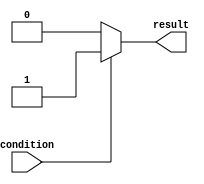
module if_else_statement(
    input wire condition,
    output wire result
);

// If-else statement
always @(*)
begin
    if(condition)
    begin
        // Block of statements to be executed if condition is true
        result = 1'b1;
    end
    else
    begin
        // Block of statements to be executed if condition is false
        result = 1'b0;
    end
end

endmodule